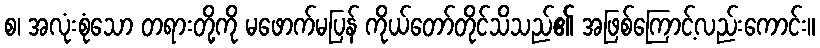
စ၊ အလုံးစုံသော တရားတို့ကို မဖောက်မပြန် ကိုယ်တော်တိုင်သိသည်၏ အဖြစ်ကြောင့်လည်းကောင်း။